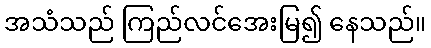
အသံသည် ကြည်လင်အေးမြ၍ နေသည်။